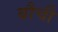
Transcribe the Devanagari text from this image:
बौची